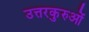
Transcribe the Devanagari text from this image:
उत्तरकुरुओं